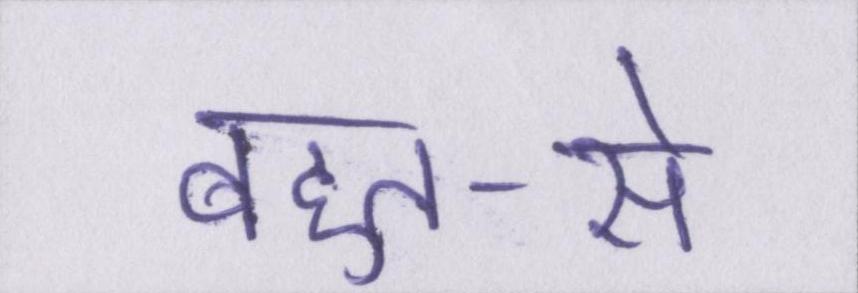
बहुत-से